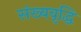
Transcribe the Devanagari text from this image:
संख्यवृद्धि